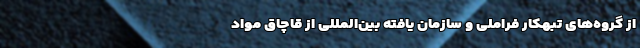
از گروه‌های تبهکار فراملی و سازمان یافته بین‌المللی از قاچاق مواد